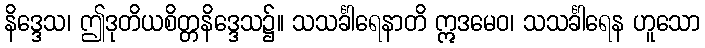
နိဒ္ဒေသ၊ ဤဒုတိယစိတ္တနိဒ္ဒေသ၌။ သသင်္ခါရေနာတိ ဣဒမေဝ၊ သသင်္ခါရေန ဟူသော